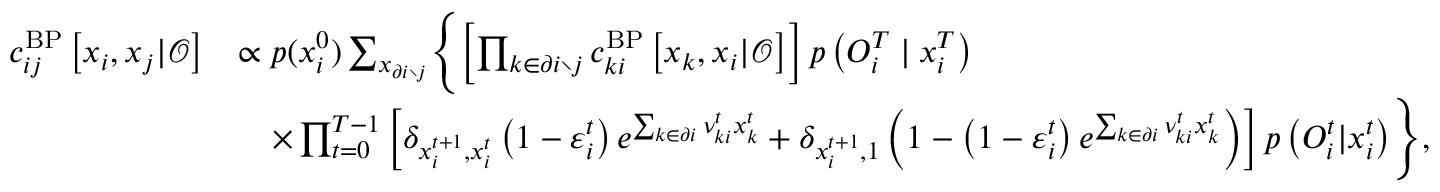
\begin{array} { r l } { c _ { i j } ^ { \mathrm { B P } } \left[ \boldsymbol { x } _ { i } , \boldsymbol { x } _ { j } | \boldsymbol { \mathcal { O } } \right] } & { \propto p ( x _ { i } ^ { 0 } ) \sum _ { \boldsymbol { x } _ { \partial i \setminus j } } \Biggl \{ \left[ \prod _ { k \in \partial i \setminus j } c _ { k i } ^ { \mathrm { B P } } \left[ \boldsymbol { x } _ { k } , \boldsymbol { x } _ { i } | \boldsymbol { \mathcal { O } } \right] \right] p \left( { O } _ { i } ^ { T } \mid x _ { i } ^ { T } \right) } \\ & { \quad \times \prod _ { t = 0 } ^ { T - 1 } \left[ \delta _ { x _ { i } ^ { t + 1 } , x _ { i } ^ { t } } \left( 1 - \varepsilon _ { i } ^ { t } \right) e ^ { \sum _ { k \in \partial i } \nu _ { k i } ^ { t } x _ { k } ^ { t } } + \delta _ { x _ { i } ^ { t + 1 } , 1 } \left( 1 - \left( 1 - \varepsilon _ { i } ^ { t } \right) e ^ { \sum _ { k \in \partial i } \nu _ { k i } ^ { t } x _ { k } ^ { t } } \right) \right] p \left( { O } _ { i } ^ { t } | x _ { i } ^ { t } \right) \Biggr \} , } \end{array}